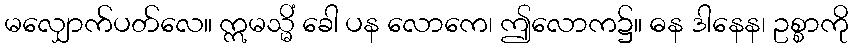
မလျှောက်ပတ်လေ။ ဣမသ္မိံ ခေါ ပန လောကေ၊ ဤလောက၌။ ဓန ဒါနေန၊ ဥစ္စာကို